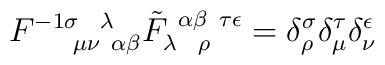
F^{-1 \sigma ~~\lambda}_{~~~~\mu \nu ~\alpha \beta}\tilde F_{\lambda~~\rho}^{~\alpha \beta ~ \tau \epsilon} =\delta^\sigma_\rho \delta^\tau_\mu \delta^\epsilon_\nu